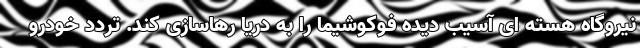
نیروگاه هسته ای آسیب دیده فوکوشیما را به دریا رهاسازی کند. تردد خودرو